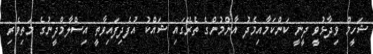
ޝަހީމް ވިދާޅުވީ ދީނީ ކަންކަމާއިމެދު އާންމުންގެ ތެރޭގައި ޝައްކު އުފެދިފައިވާތީ އިސްލާމްދީނުގެ މަތިވެރި